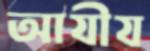
আযীয